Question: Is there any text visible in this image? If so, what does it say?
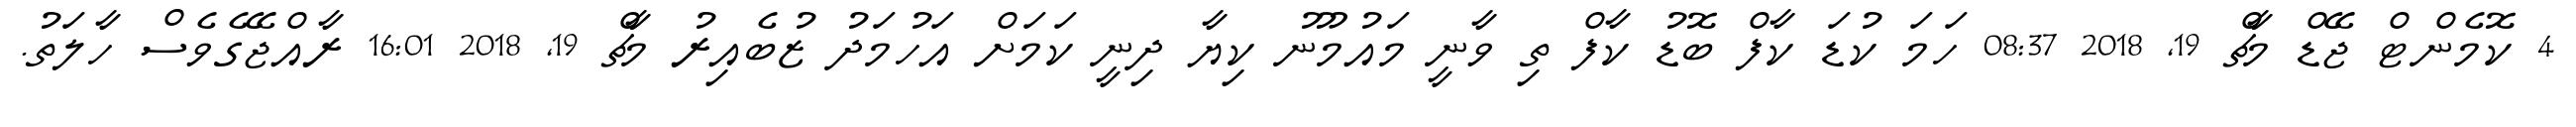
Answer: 4 ކޮމެންޓް ޖޭޑް މާޗް 19, 2018 08:37 ހަމަ ކުޑަ ކާފް ބޮޑު ކާފް ތި ވާނީ މައުމޫނު ކިޔާ ދިނީ ކަމަށް އަހުމަދު ޒުބެއިރު މާޗް 19, 2018 16:01 ރާއްޖޭގެވެސް ހާލަތު.